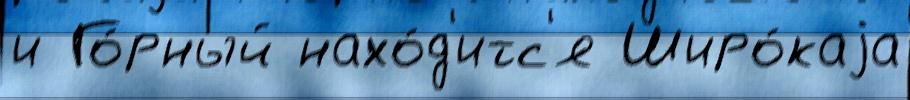
и Го́рный нахо́д'итс'я Широ́каjа